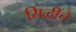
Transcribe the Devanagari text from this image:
सिद्धींचे